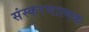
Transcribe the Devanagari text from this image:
संस्करणात्मक